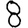
Digit: 8